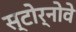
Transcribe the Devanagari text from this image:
स्टोर्नोवे